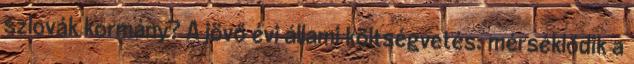
szlovák kormány? A jövő évi állami költségvetés: mérséklődik a